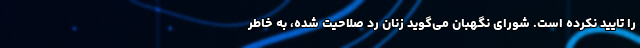
را تایید نکرده است. شورای نگهبان می‌گوید زنان رد صلاحیت شده، به خاطر